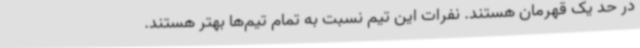
در حد یک قهرمان هستند. نفرات این تیم نسبت به تمام تیم‌ها بهتر هستند.